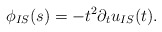
\begin{align*}\phi_{IS}(s) = - t^2 \partial_{t} u_{IS}(t) .\end{align*}